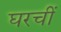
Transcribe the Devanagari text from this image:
घरचीं